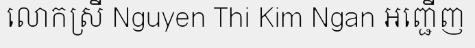
លោកស្រី Nguyen Thi Kim Ngan អញ្ជើញ